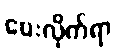
ပေးလိုက်ရာ